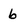
Character: 6